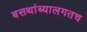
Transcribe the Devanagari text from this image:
बसथांब्यालगतच